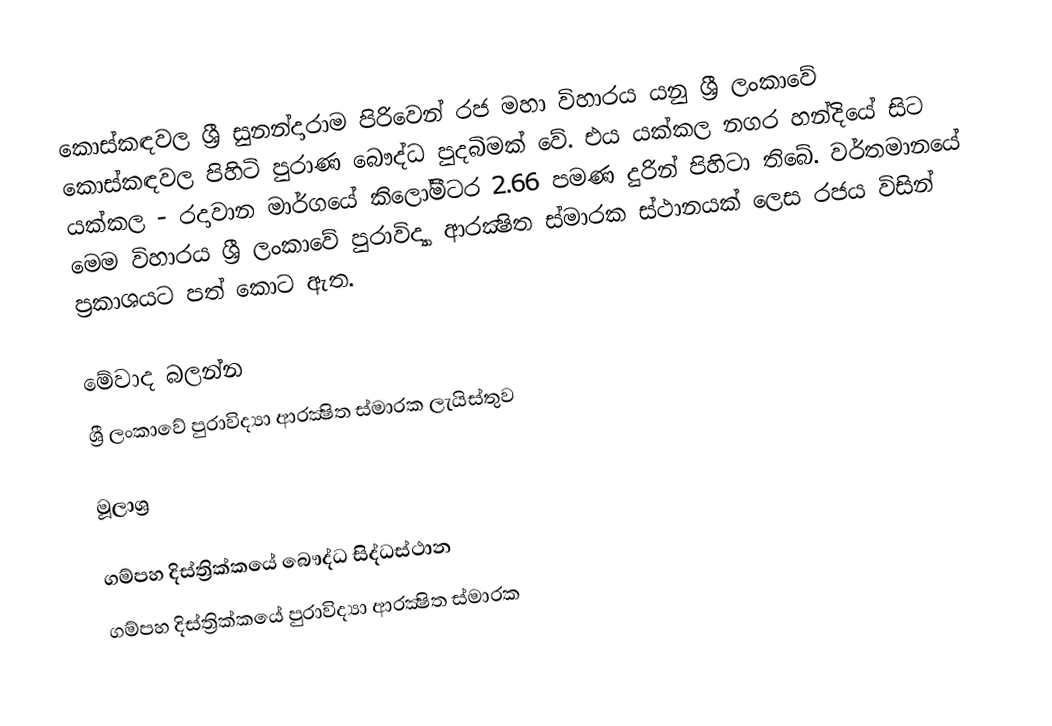
කොස්කඳවල ශ්‍රී සුනන්දාරාම පිරිවෙන් රජ මහා විහාරය යනු ශ්‍රී ලංකාවේ කොස්කඳවල පිහිටි පුරාණ බෞද්ධ පුදබිමක් වේ. එය යක්කල නගර හන්දියේ සිට යක්කල - රදාවාන මාර්ගයේ කිලෝමීටර 2.66 පමණ දුරින් පිහිටා තිබේ. වර්තමානයේ මෙම විහාරය ශ්‍රී ලංකාවේ පුරාවිද්‍යා ආරක්‍ෂිත ස්මාරක ස්ථානයක් ලෙස රජය විසින් ප්‍රකාශයට පත් කොට ඇත.

මේවාද බලන්න
 ශ්‍රී ලංකාවේ පුරාවිද්‍යා ආරක්‍ෂිත ස්මාරක ලැයිස්තුව

මූලාශ්‍ර

ගම්පහ දිස්ත්‍රික්කයේ බෞද්ධ සිද්ධස්ථාන
ගම්පහ දිස්ත්‍රික්කයේ පුරාවිද්‍යා ආරක්‍ෂිත ස්මාරක‎